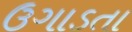
ઉગાડતા